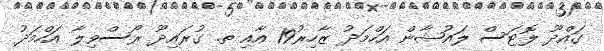
ގައްދޫ ލޮޓަސް ލައުޝާން އަހްމަދު ޒާހިރު19 އާއި ތ. ގުރައިދޫ ރޯސްވިލާ އަހްމަދު